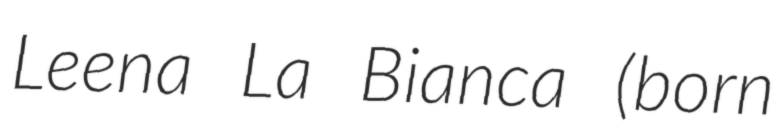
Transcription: Leena La Bianca (born